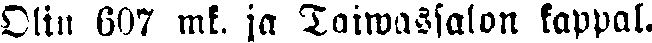
Olin 607 mk. ja Taiwassalon kappal.